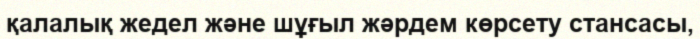
қалалық жедел және шұғыл жәрдем көрсету стансасы,